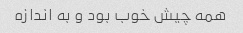
همه چیش خوب بود و به اندازه